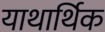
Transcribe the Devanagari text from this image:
याथार्थिक